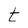
Character: t